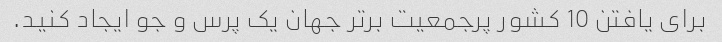
برای یافتن 10 کشور پرجمعیت برتر جهان یک پرس و جو ایجاد کنید.